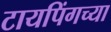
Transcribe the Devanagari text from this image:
टायपिंगच्या